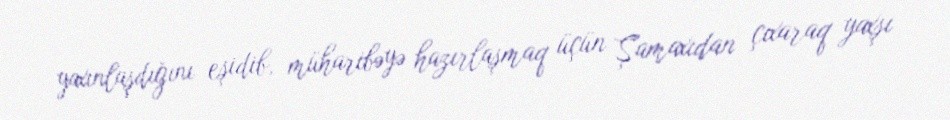
yaxınlaşdığını eşidib, müharibəyə hazırlaşmaq üçün Şamaxıdan çıxaraq yaxşı